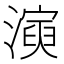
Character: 𤀋